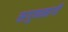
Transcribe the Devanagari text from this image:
सगुणमार्गी